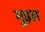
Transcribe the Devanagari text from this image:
मुड़ल